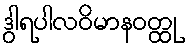
ဒွါရပါလဝိမာနဝတ္ထု